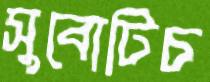
সুবোটিচ